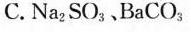
C.Na_(2)CO3.BaCO_(3)